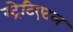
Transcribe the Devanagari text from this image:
स्ट्रेटिएटल